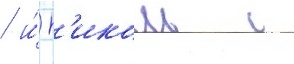
/ и́ н'иколь с